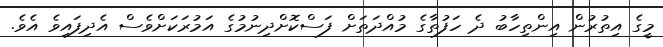
މީގެ އިތުރުން އިންތިހާބު ދެ ހަފުތާގެ މުއްދަތަށް ފަސްކޮށްދިނުމުގެ އަމުރަކަށްވެސް އެދިފައިވެ އެވެ.